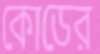
কোডের